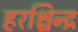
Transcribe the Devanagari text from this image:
हरश्चिन्द्र